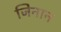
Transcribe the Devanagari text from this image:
जिनान